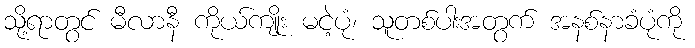
သို့ရာတွင် မီလာနီ ကိုယ်ကျိုး မငဲ့ပုံ၊ သူတစ်ပါးအတွက် အနစ်နာခံပုံကို